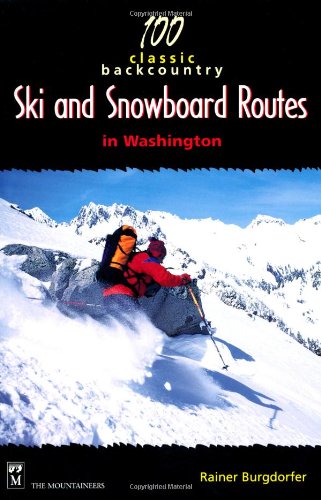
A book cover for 100 Classic Backcountry Ski & Snowboard Routes in Washington; Rainer Burgdorfer; Sports & Outdoors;